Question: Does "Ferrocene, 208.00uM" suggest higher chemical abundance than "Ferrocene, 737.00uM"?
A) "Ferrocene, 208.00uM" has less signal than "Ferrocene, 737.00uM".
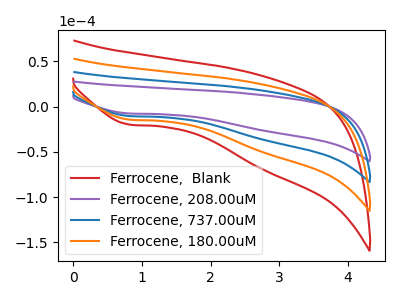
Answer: <think>The red curve "Ferrocene,  Blank" has a cathodic peak at: (0.80V, -31.05uA). The purple curve "Ferrocene, 208.00uM" has a cathodic peak at: (0.80V, -7.50uA). The blue curve "Ferrocene, 737.00uM" has a cathodic peak at: (0.80V, -10.35uA). The orange curve "Ferrocene, 180.00uM" has a cathodic peak at: (0.80V, -20.70uA).
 All the peaks in "Ferrocene, 208.00uM" have a peak in "Ferrocene, 737.00uM" at the same potential. Every peak in "Ferrocene, 208.00uM" is lower than every peak in "Ferrocene, 737.00uM".</think>
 <answer>A) "Ferrocene, 208.00uM" has less signal than "Ferrocene, 737.00uM".</answer>
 <eval>A</eval>